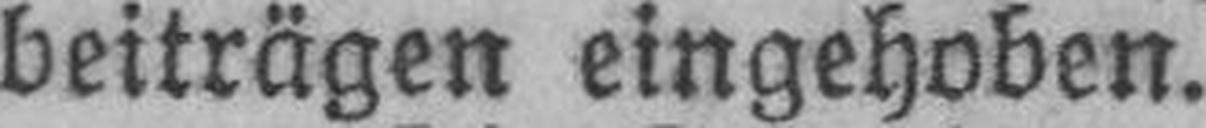
beiträgen eingehoben.